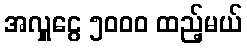
အလှူငွေ ၅၀၀၀ ထည့်မယ်